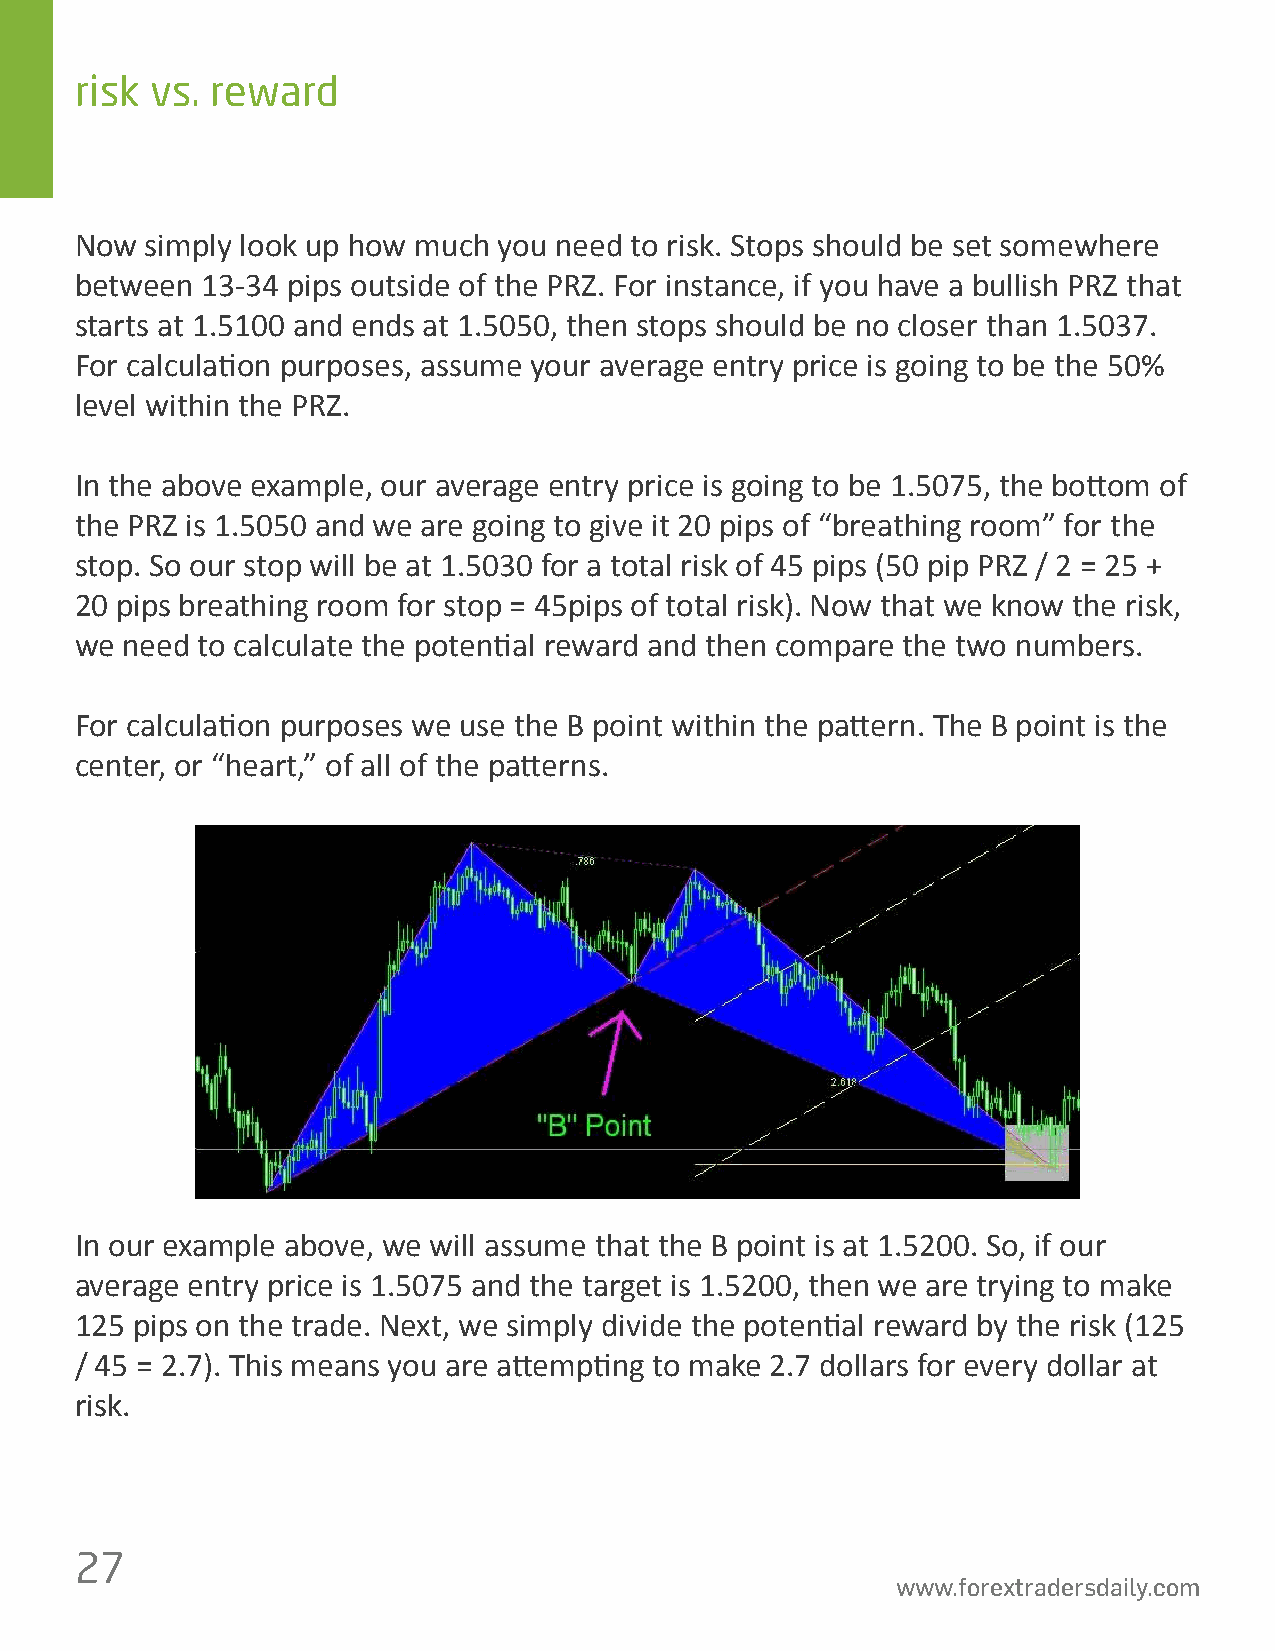
risk vs. reward
 Now  simply look up how much you need to risk. Stops should be set somewhere
 between 13-34 pips outside of the PRZ. For instance, if you have a bullish PRZ that
 starts at 1.5100 and ends at 1.5050, then stops should be no closer than 1.5037.
 For calcula琀椀on purposes, assume your average entry price is going to be the 50%
 level within the PRZ.
 In the above example, our average entry price is going to be 1.5075, the bo琀琀om of
 the PRZ is 1.5050 and we are going to give it 20 pips of “breathing room” for the
 stop. So our stop will be at 1.5030 for a total risk of 45 pips (50 pip PRZ / 2 = 25 +
 20 pips breathing room for stop = 45pips of total risk). Now that we know the risk,
 we need to calculate the poten琀椀al reward and then compare the two numbers.
 For calcula琀椀on purposes we use the B point within the pa琀琀ern. The B point is the
 center, or “heart,” of all of the pa琀琀erns.
 In our example above, we will assume that the B point is at 1.5200. So, if our
 average entry price is 1.5075 and the target is 1.5200, then we are trying to make
 125 pips on the trade. Next, we simply divide the poten琀椀al reward by the risk (125
 / 45 = 2.7). This means you are a琀琀emp琀椀ng to make 2.7 dollars for every dollar at
 risk.
 27
 www.forextradersdaily.com